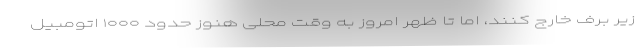
زیر برف خارج کنند، اما تا ظهر امروز به وقت محلی هنوز حدود ۱۰۰۰ اتومبیل